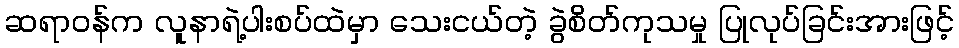
ဆရာဝန်က လူနာရဲ့ပါးစပ်ထဲမှာ သေးငယ်တဲ့ ခွဲစိတ်ကုသမှု ပြုလုပ်ခြင်းအားဖြင့်